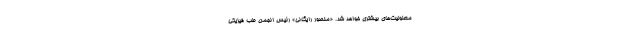
معلولیت‌های بیشتری خواهد شد. «منصور رایگانی» رئیس انجمن طب فیزیکی